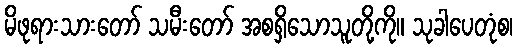
မိဖုရားသားတော် သမီးတော် အစရှိသောသူတို့ကို။ သုခါပေတုံစ၊